Trukikaitis_Postimees, lk 39
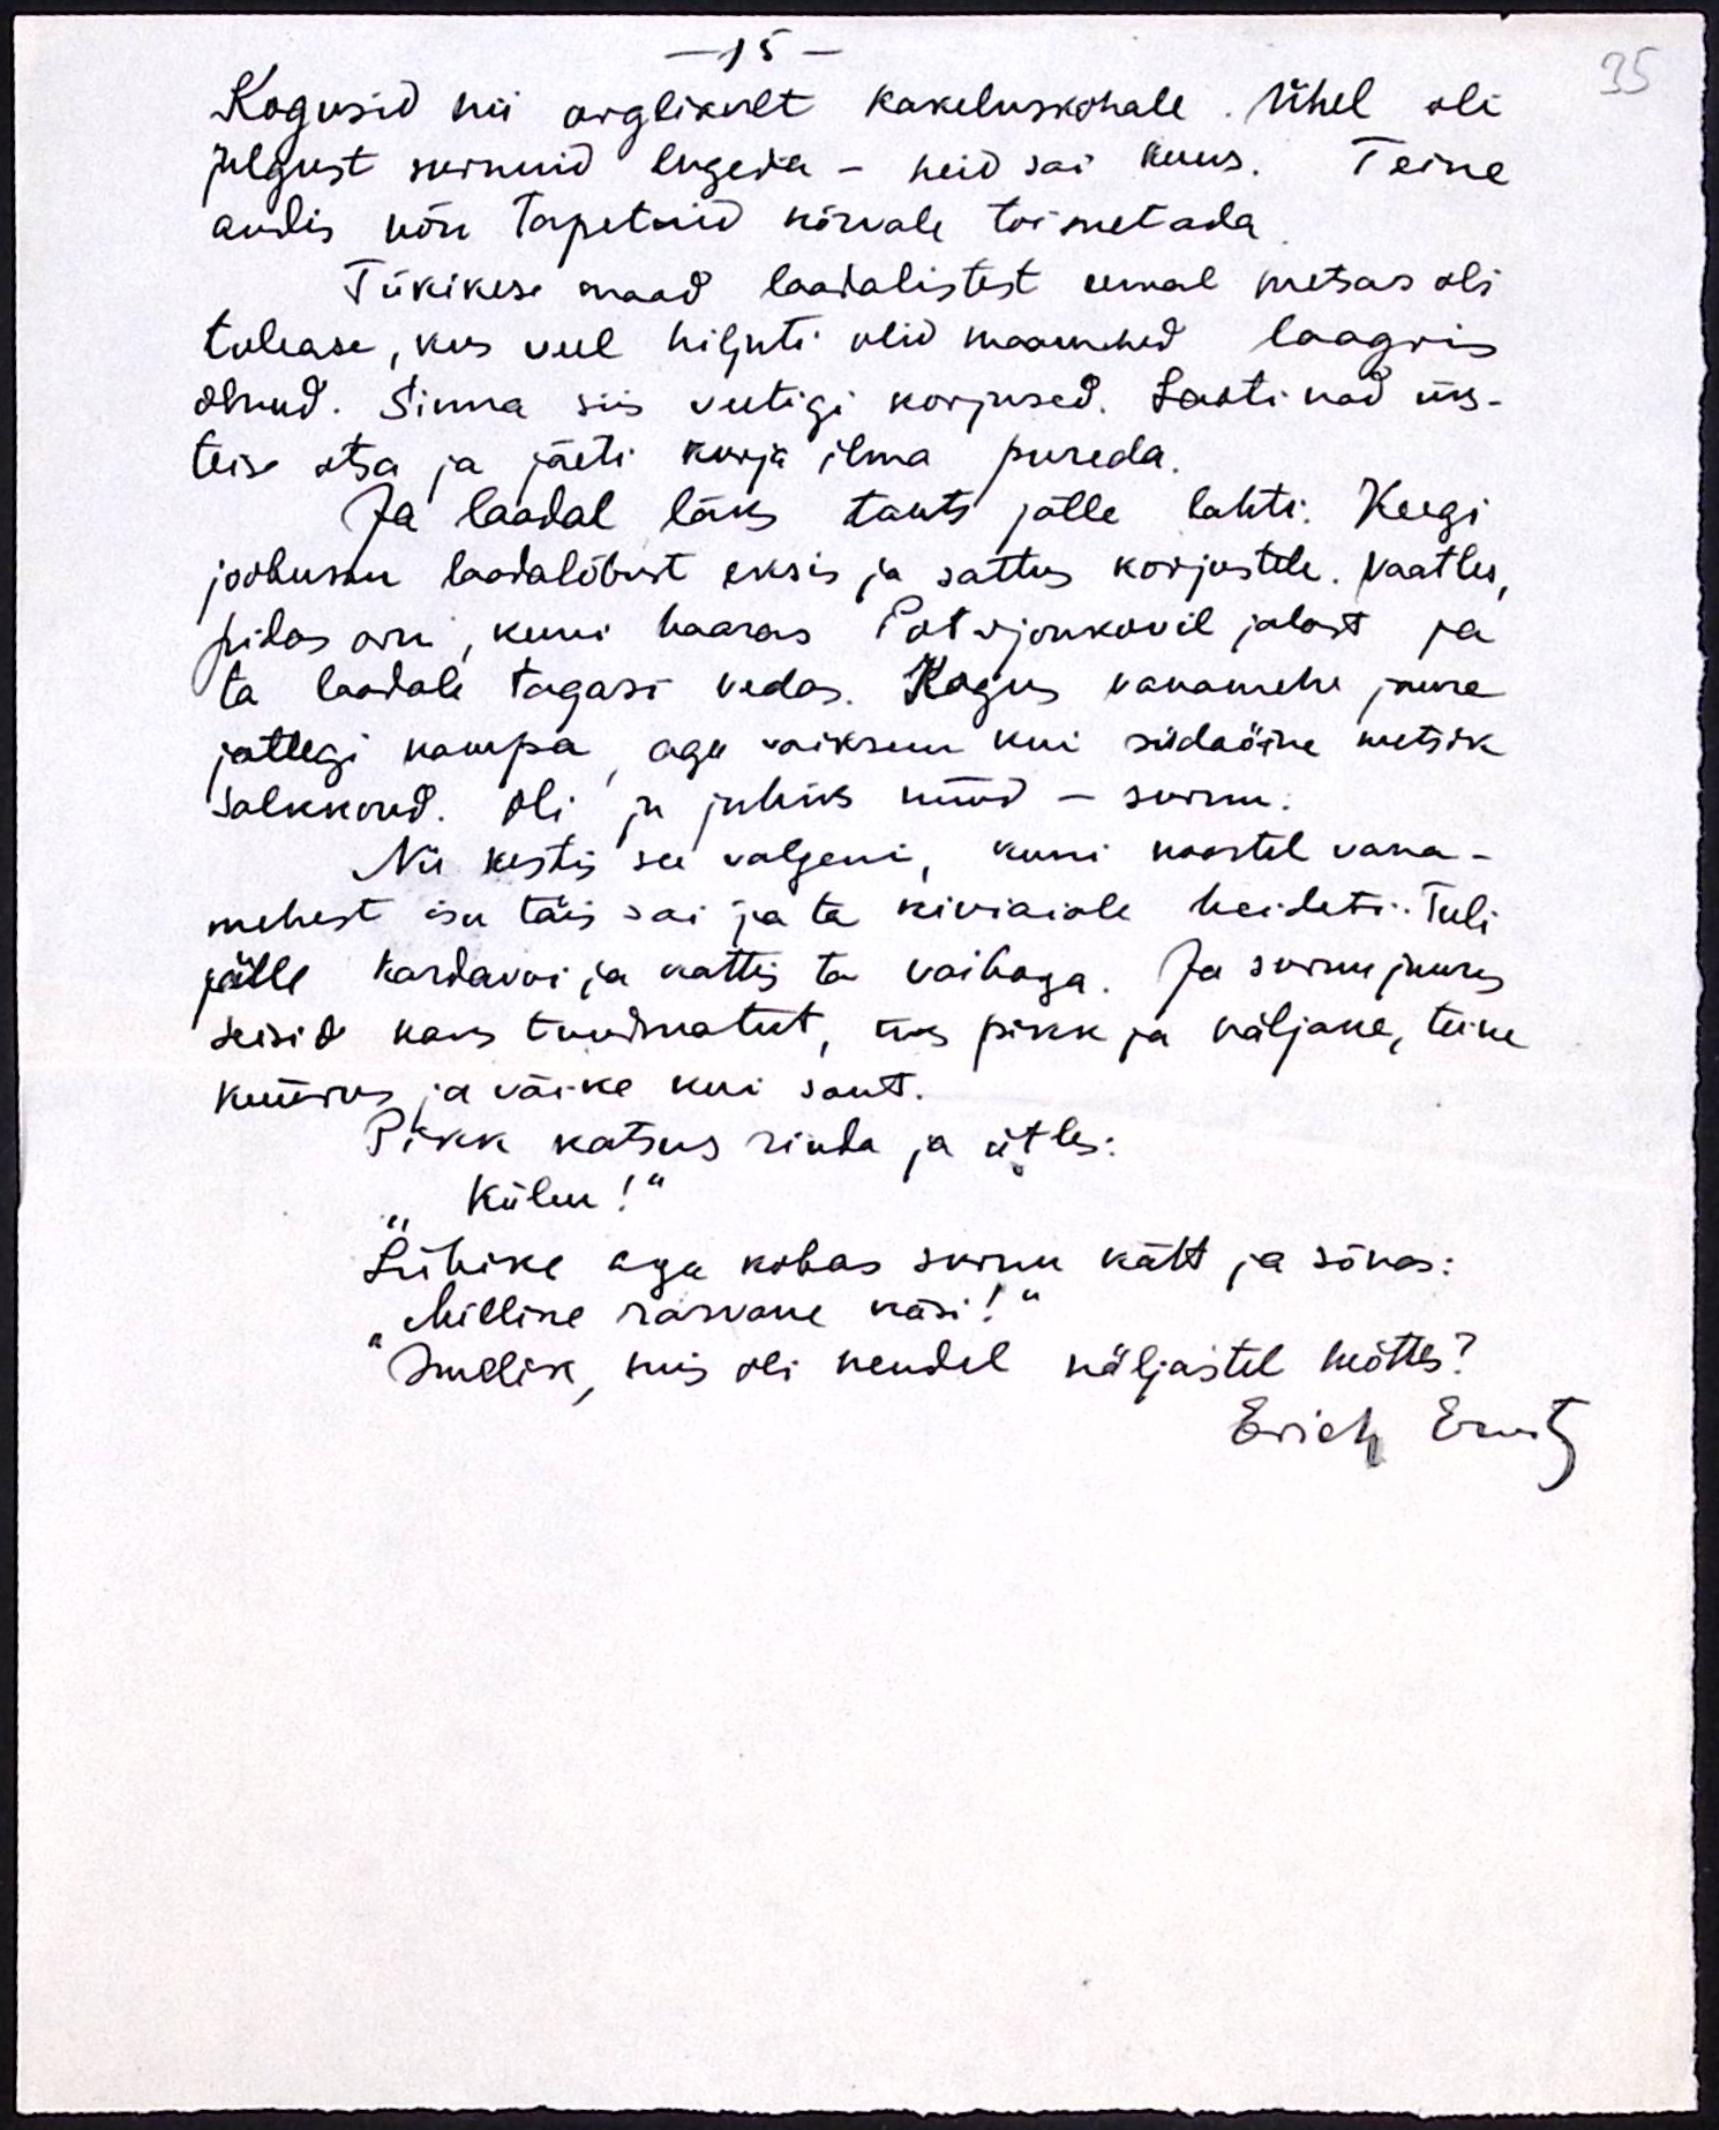
-15
Kogusid nii arglikult kakeluskohale. Ühel oli
julgust surnuid lugeda - neid sai kuus. Teine
andis nõu tapetuid kõrvale toimetada
Tükikese maad laadalistest eemal metsas oli
tulease, kus veel hiljuti olid maamehed laagris
olnud. Sinna siis veetigi korjused. Laoti nad üks-
teise otsa ja jäeti kurja ilma pureda.
Ja laadal läks tants jälle lahti. Keegi
joobunu laadalõbust eksis ja sattus korjustele. Vaatles,
pidas aru, kuni haaras Potrjonkovil jalast ja
ta laadale tagasi vedas. Kogus vanamehe juure
jällegi kampa, aga vaiksem kui südaöine metsik
salkkond. Oli ju juhiks nüüd - surnu.
Nii kestis see valgeni, kuni noortel vana-
mehest isu täis sai ja ta kiviaiale heideti. Tuli
jälle kardavoi ja kattis ta vaibaga. Ja surnu juures
seisid kaks tundmatut, üks pikk ja näljane, teine
küürus ja väike kui sant.
Pikk katsus rinda ja ütles:
Külm!“
Lühike aga kobas surnu kätt ja sõnas:
"Milline rasvane käsi!"
Imelik, mis oli nendel näljastel mõttes?
Erich Ernits

35